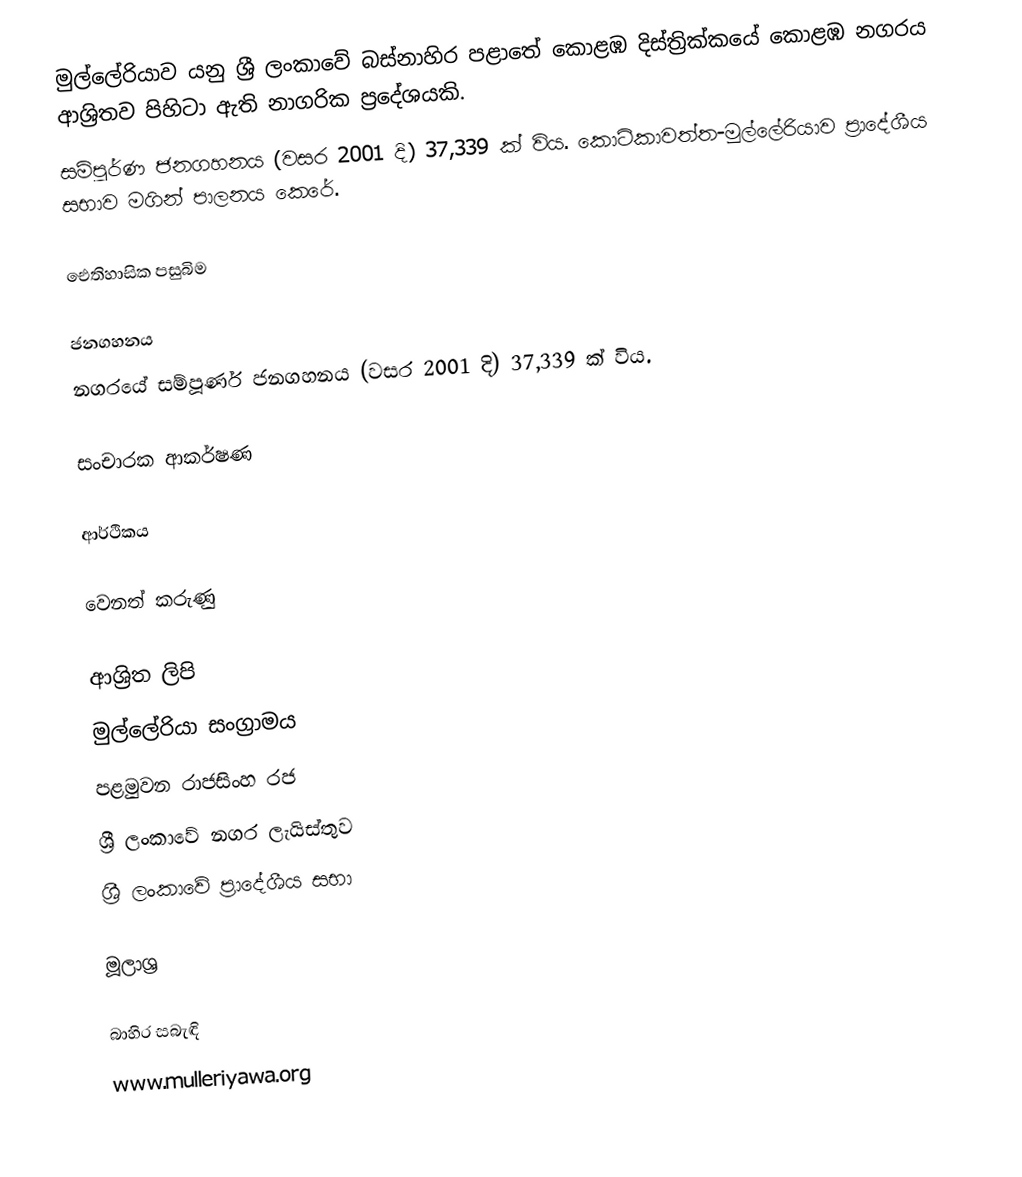
මුල්ලේරියාව  යනු ශ්‍රී ලංකාවේ බස්නාහිර පළාතේ  කොළඹ දිස්ත්‍රික්කයේ	 කොළඹ නගරය ආශ්‍රිතව පිහිටා ඇති නාගරික ප්‍රදේශයකි.
සම්පූර්ණ ජනගහනය (වසර 2001 දි) 37,339 ක්	විය. කොටිකාවත්ත-මුල්ලේරියාව ප‍්‍රාදේශීය සභාව මගින් පාලනය කෙරේ.

ඓතිහාසික පසුබිම

ජනගහනය
නගරයේ සම්පූර්ණ ජනගහනය (වසර 2001 දි) 37,339 ක්	විය.

සංචාරක ආකර්ෂණ

ආර්ථිකය

වෙනත් කරුණු

ආශ්‍රිත ලිපි
 මුල්ලේරියා සංග්‍රාමය
 පළමුවන රාජසිංහ රජ
 ශ්‍රී ලංකාවේ නගර ලැයිස්තුව
 ශ්‍රී ලංකාවේ ප්‍රාදේශීය සභා

මූලාශ්‍ර

බාහිර සබැඳි
www.mulleriyawa.org